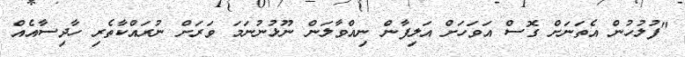
"ފުލުހުން އެތަނަށް ގޮސް އަވަހަށް އަލިފާން ނިއްވާލަން ނޫޅުނުނަމަ ވަރަށް ނުރައްކާތެރި ހާދިސާއެއް